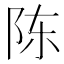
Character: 陈